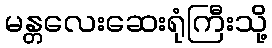
မန္တလေးဆေးရုံကြီးသို့